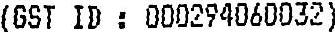
(GST ID : 000294060032)